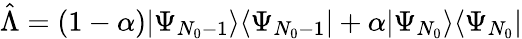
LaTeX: \hat{\Lambda}=(1-\alpha)|\Psi_{N_{0}-1}\rangle\langle\Psi_{N_{0}-1}|+\alpha|\Psi_{N_{0}}\rangle\langle\Psi_{N_{0}}|